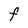
Character: F